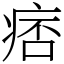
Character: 痞